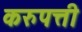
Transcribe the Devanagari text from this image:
करुपत्ती